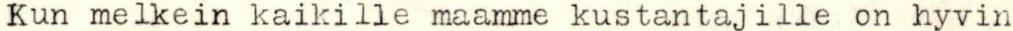
Kun melkein kaikille maamme kustantajille on hyvin